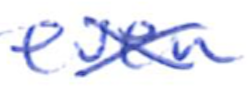
Text: even
Cross-out: cross
Writing tool: ballpoint